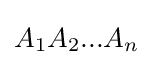
A_{1}A_{2}...A_{n}